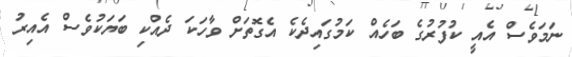
ނަމަވެސް އެއީ ކުފުރުގެ ބަހެއް ކަމުގައިދެކެ އެގޮތަށް ވާހަކަ ދެއްކި ބަޔަކުވެސް އެއިރު